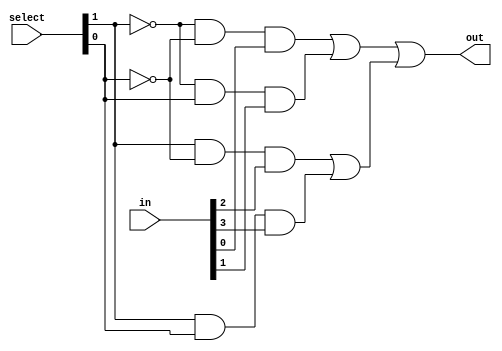
module mux_4to1(input [3:0]in,input [1:0] select,output out);
    wire w1a, w1b, w2a, w2b, w3a, w3b, w4a, w4b, w5, w6;
    
    and a1a(w1a, (!select[1]), (!select[0]));
    and a1b(w1b, w1a, in[0]);

    and a2a(w2a, (!select[1]), (select[0]));
    and a2b(w2b, w2a, in[1]);

    and a3a(w3a, (select[1]), (!select[0]));
    and a3b(w3b, w3a, in[2]);

    and a4a(w4a, (select[1]), (select[0]));
    and a4b(w4b, w4a, in[3]);

    or o1(w5, w1b, w2b);
    or o2(w6, w3b, w4b);

    or o3(out, w5, w6);
endmodule